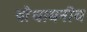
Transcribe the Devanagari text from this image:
बौधायनीय